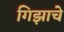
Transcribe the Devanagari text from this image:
गिझाचे